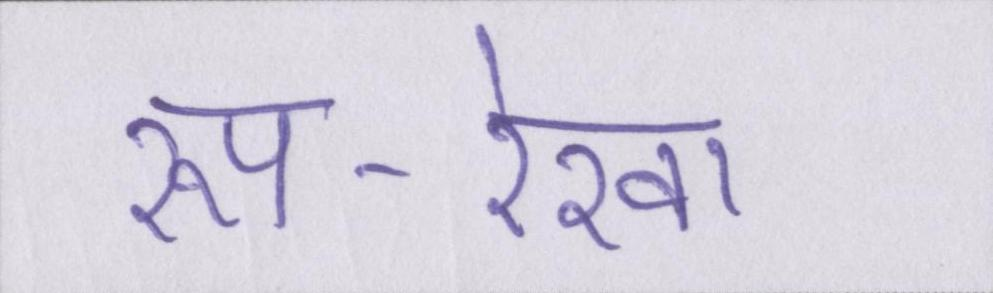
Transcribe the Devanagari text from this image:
रूप-रेखा